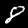
Digit: 8